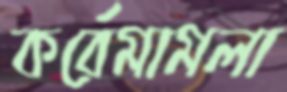
কর্রেমামলা